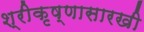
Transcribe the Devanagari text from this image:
श्रीकृष्णासारखी